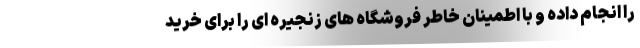
را انجام داده و با اطمینان خاطر فروشگاه های زنجیره ای را برای خرید